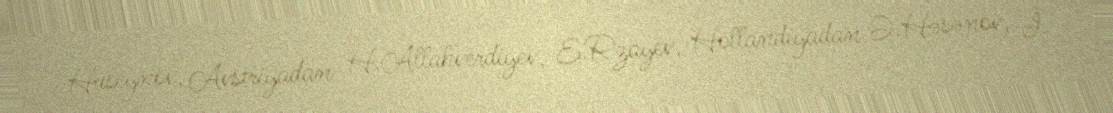
Hüseynov, Avstriyadan H.Allahverdiyev, E.Rzayev, Hollandiyadan Ə.Həsənov, İ.